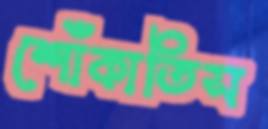
শোঁকাতিস